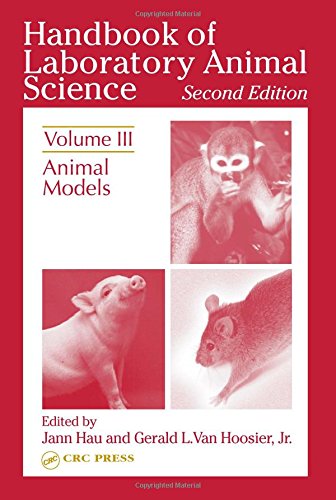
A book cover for Handbook of Laboratory Animal Science, Second Edition: Animal Models, Volume III; Medical Books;